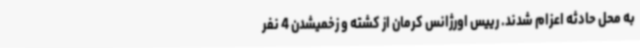
به محل حادثه اعزام شدند. رییس اورژانس کرمان از کشته و زخمیشدن 4 نفر